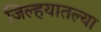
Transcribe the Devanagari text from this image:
जिल्हयातल्या